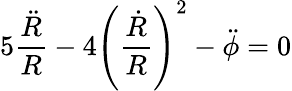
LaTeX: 5\frac{\ddot{R}}{R}-4\left(\frac{\dot{R}}{R}\right)^{2}-\ddot{\phi}=0